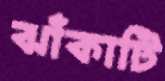
ঝাঁকাটি